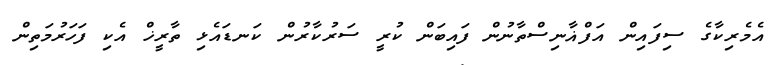
އެމެރިކާގެ ސިފައިން އަފްޣާނިސްތާނުން ފައިބަން ކުރީ ސަރުކާރުން ކަނޑައެޅި ތާރީޚް އެކި ފަހަރުމަތިން